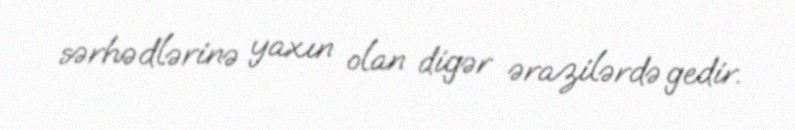
sərhədlərinə yaxın olan digər ərazilərdə gedir.